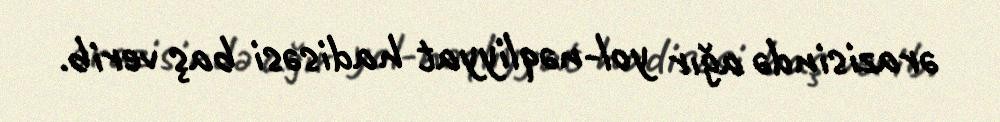
ərazisində ağır yol-nəqliyyat hadisəsi baş verib.